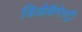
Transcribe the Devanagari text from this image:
जिओकॅमेस्ट्री